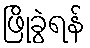
ဖြိုခွဲရန်